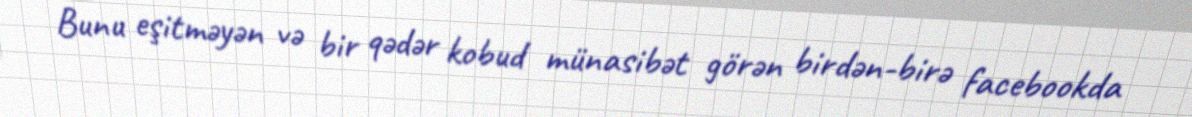
Bunu eşitməyən və bir qədər kobud münasibət görən birdən-birə facebookda